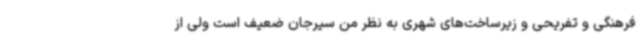
فرهنگی و تفریحی و زیرساخت‌های شهری به نظر من سیرجان ضعیف است ولی از